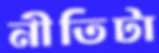
নীতিটা